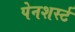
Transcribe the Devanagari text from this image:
पेनशर्स्ट